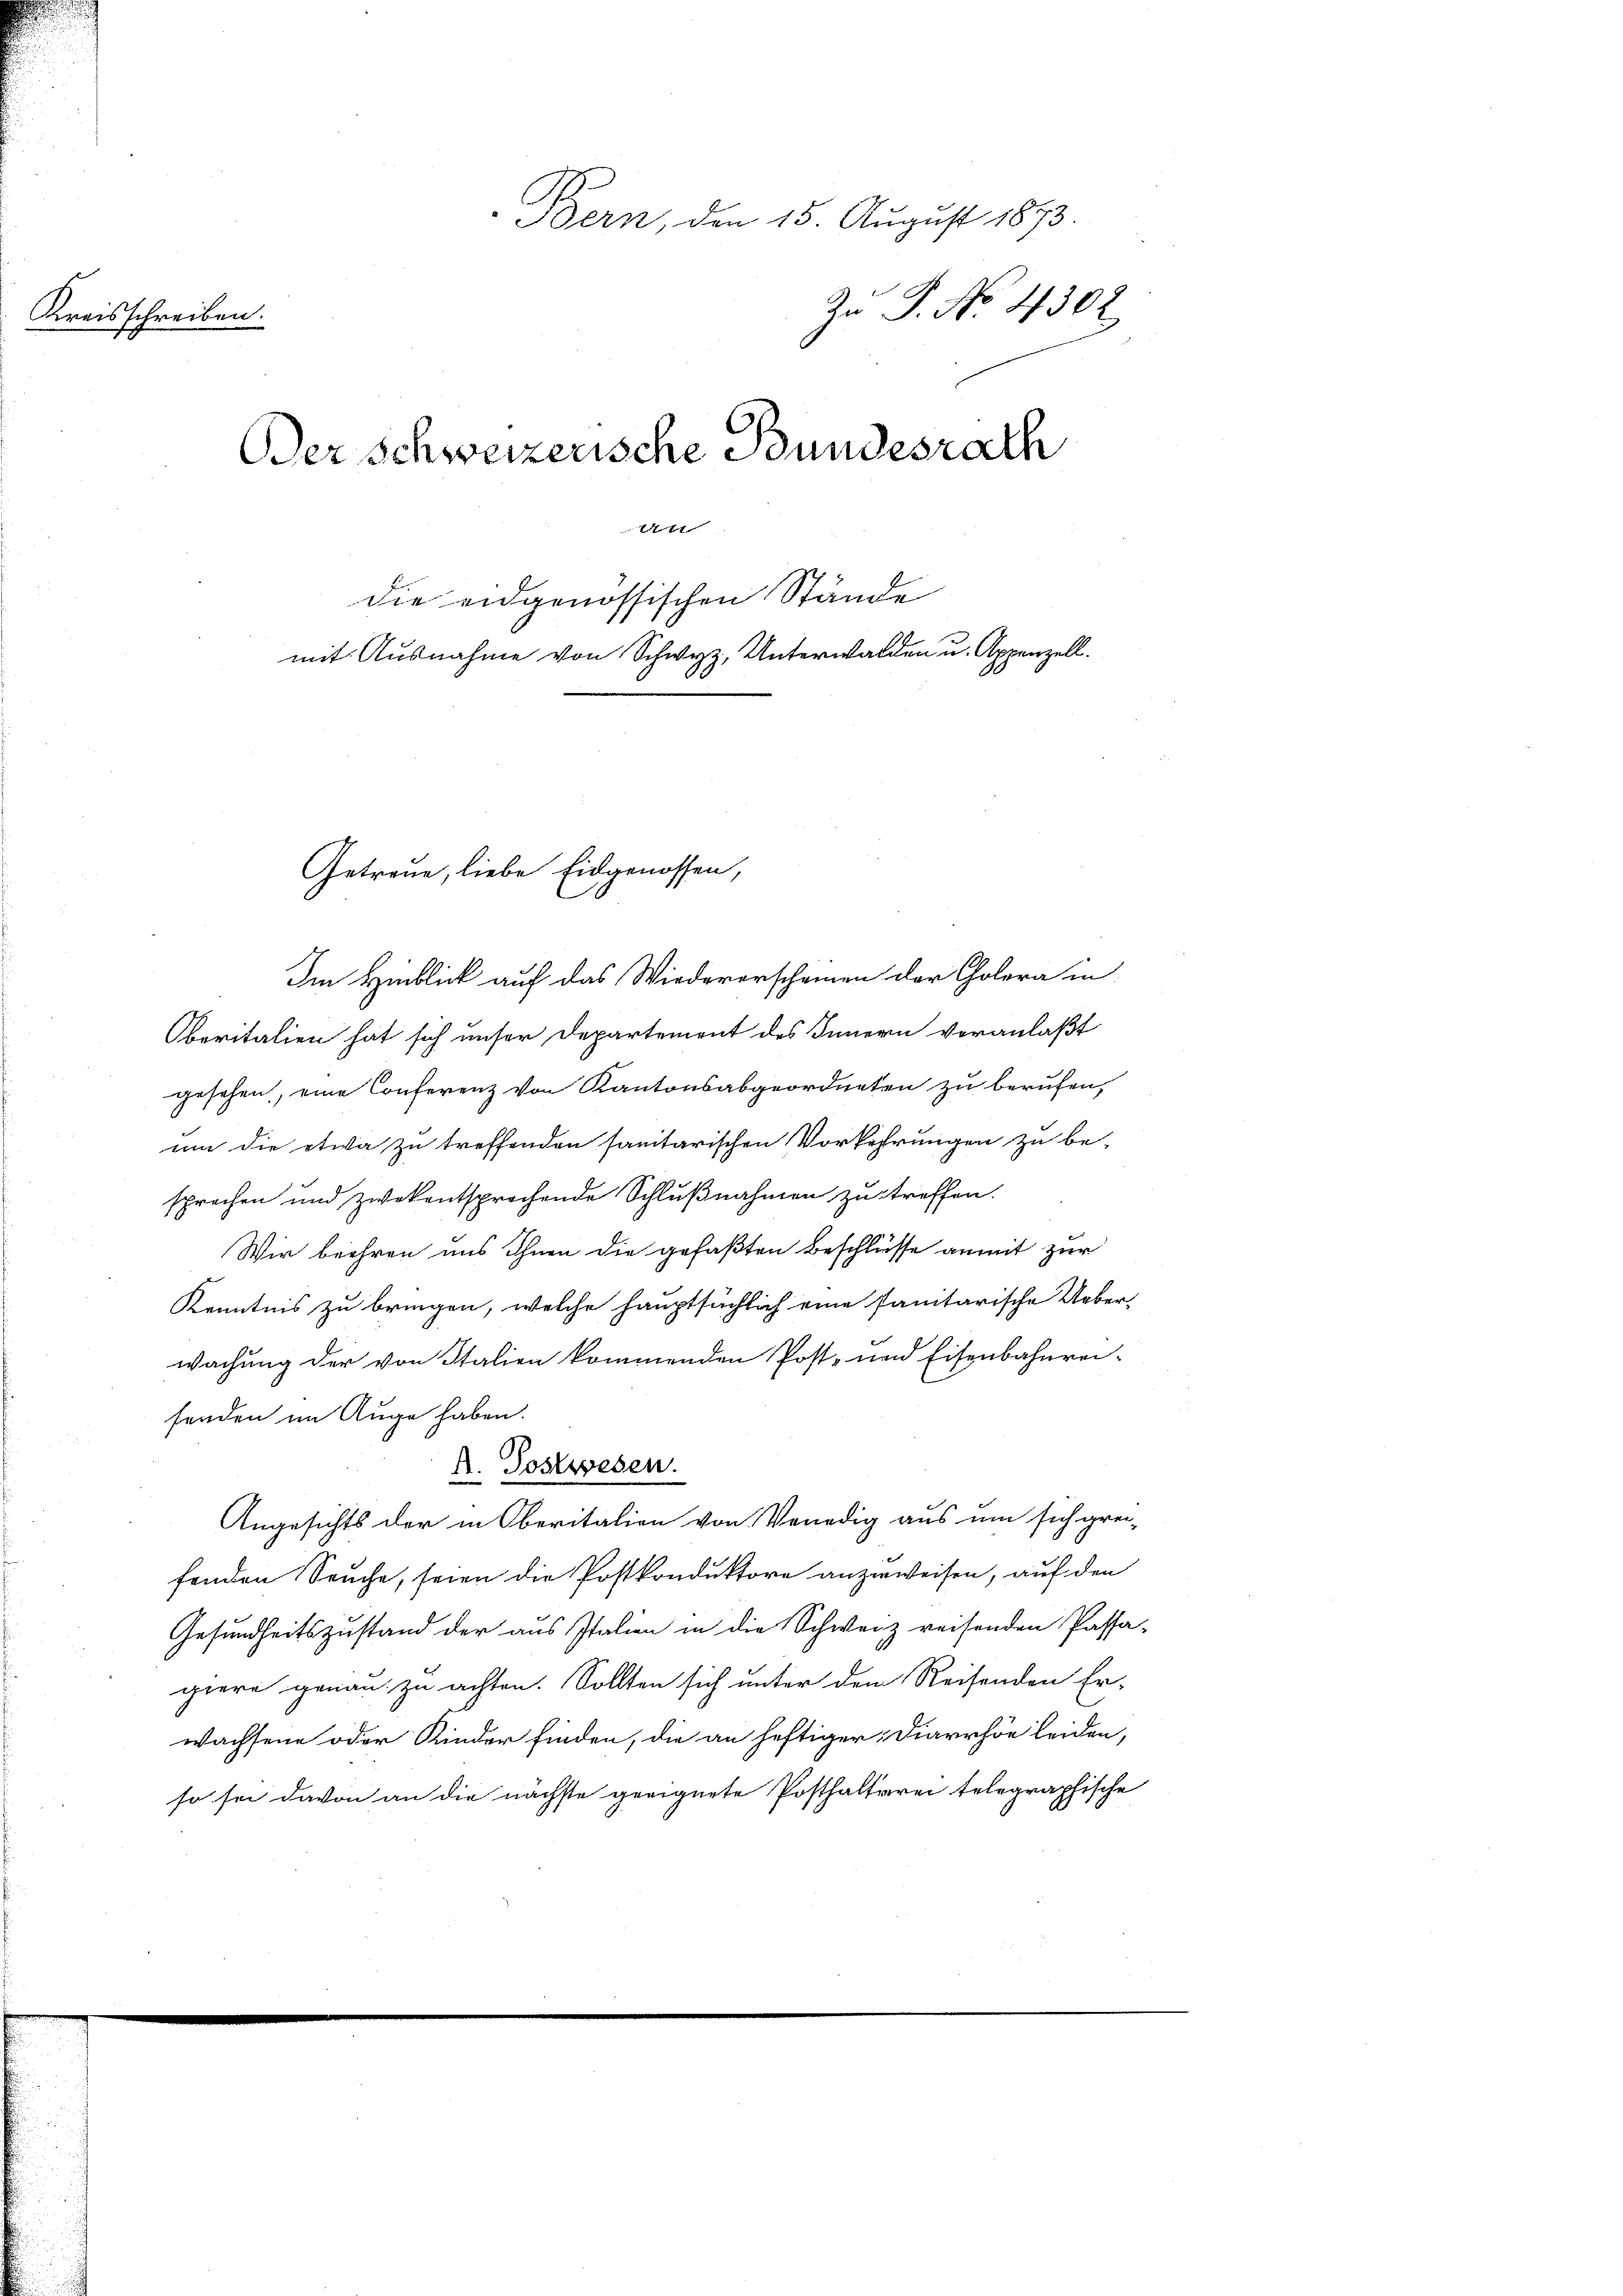
Kreisschreiben.

Bern, den 15. August 1873.
Zu P. No. 4302
Ber schweizerische Bundesrath
t

die eidgenössischen Stände
mit Ausnahme von Schwyz, Unterwalden u. Appenzell.

Getreue, liebe Eidgenossen,

Im Hinblick auf das Wiedererscheinen der Colera in
Oberitalien hat sich unser Departement des Innern veranlaßt
gesehen, eine Conferenz von Kantonsabgeordneten zu berufen,
um die etwa zu treffenden sanitarischen Vorkehrungen zu be-
sprechen und zwekentsprechende Schlußnahmen zu treffen.
Wir beehren uns Ihnen die gefaßten Beschlüsse anmit zur
Kenntnis zu bringen, welche hauptsächlich eine sanitarische Ueber-
wachung der von Italien kommenden Post- und Eisenbahnreifenden im Auge haben.
A. Postwesen.
Angesichts der in Oberitalien von Venedig aus um sich grei-
fenden Seuche, seien die Postkonduktore anzuweisen, auf den
Gesundheitszustand der aus Italien in die Schweiz reisenden Passa-
piere genau zu achten. Sollten sich unter den Reisenden Er-
wachsene oder Kinder finden, die an heftiger Diarrhöe leiden,
so sei davon an die nächste geeignete Posthalterei telegraphische